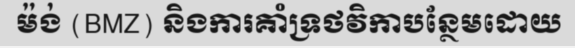
ម៉ង់ (BMZ) និងការគាំទ្រថវិកាបន្ថែមដោយ